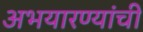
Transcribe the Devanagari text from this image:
अभयारण्यांची